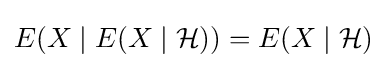
E(X\mid E(X\mid {\mathcal {H}}))=E(X\mid {\mathcal {H}})